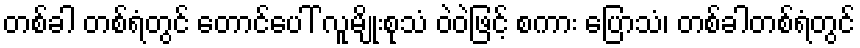
တစ်ခါ တစ်ရံတွင် တောင်ပေါ် လူမျိုးစုသံ ဝဲဝဲဖြင့် စကား ပြောသံ၊ တစ်ခါတစ်ရံတွင်